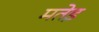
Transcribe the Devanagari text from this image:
मतेइ